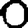
Digit: 0